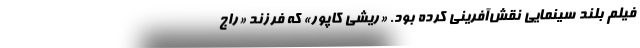
فیلم بلند سینمایی نقش‌آفرینی کرده بود. «ریشی کاپور» که فرزند «راج